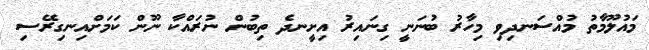
މައުލޫމާތު މުއްސަނދިވި މިހާރު ބުނަނީ ގިނައިރު އިށީނދެ ތިބުން ނުރައްކާ ނޫން ކަމަށްއިނގިރޭސި